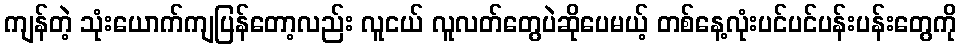
ကျန်တဲ့ သုံးယောက်ကျပြန်တော့လည်း လူငယ် လူလတ်တွေပဲဆိုပေမယ့် တစ်နေ့လုံးပင်ပင်ပန်းပန်းတွေကို